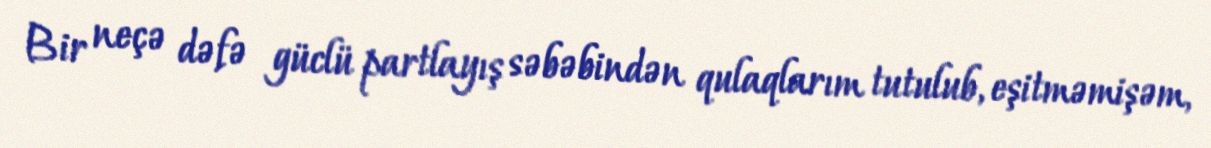
Bir neçə dəfə güclü partlayış səbəbindən qulaqlarım tutulub, eşitməmişəm,